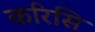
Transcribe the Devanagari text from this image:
करिसि